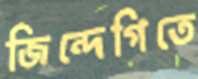
জিন্দেগিতে